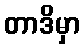
တာဒိမှာ